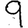
Digit: 9